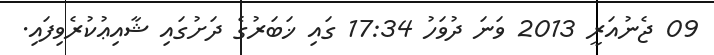
09 ޖެނުއަރީ 2013 ވަނަ ދުވަހު 17:34 ގައި ޚަބަރުގެ ދަށުގައި ޝާއިޢުކުރެވިފައި.